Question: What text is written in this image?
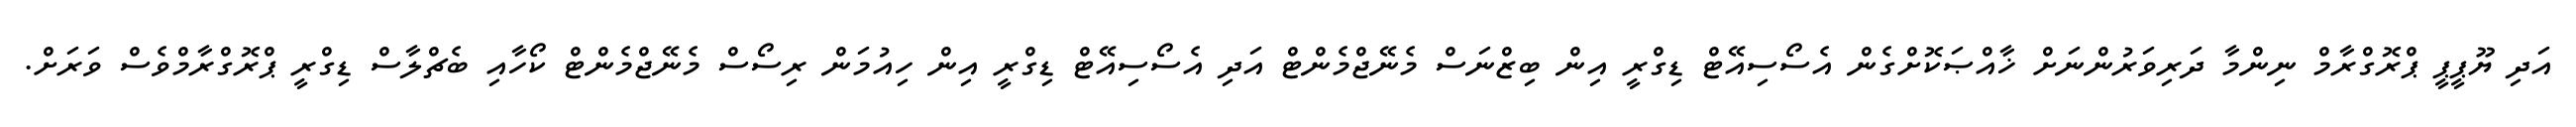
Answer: އަދި ޔޫޕީޕީ ޕްރޮގްރާމް ނިންމާ ދަރިވަރުންނަށް ޚާއްޞަކޮށްގެން އެސޯސިއޭޓް ޑިގްރީ އިން ބިޒްނަސް މެނޭޖްމެންޓް އަދި އެސޯސިއޭޓް ޑިގްރީ އިން ހިއުމަން ރިސޯސް މެނޭޖްމެންޓް ކޯހާއި ބެޗްލާސް ޑިގްރީ ޕްރޮގްރާމްވެސް ވަރަށް.